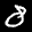
Label: 8